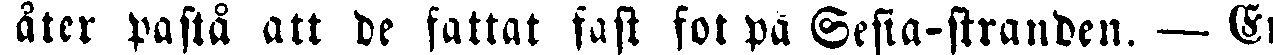
åter pastå att de fattat fast fot på Sefia-stranden. — En